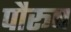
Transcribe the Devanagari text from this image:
पौरूष